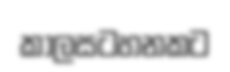
කාලසටහනකට